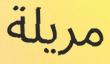
مريلة